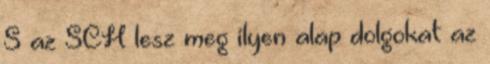
S az SCH lesz meg ilyen alap dolgokat az